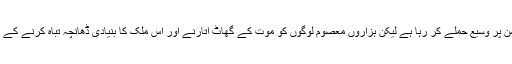
قابل ذکر ہے کہ سعودی عرب، گزشتہ 2 برسوں سے یمن پر وسیع حملے کر رہا ہے لیکن ہزاروں معصوم لوگوں کو موت کے گھاٹ اتارنے اور اس ملک کا بنیادی ڈھانچہ تباہ کرنے کے باوجود، وہ اپنے کسی مقصد کو حاصل نہیں کر سکا ہے۔